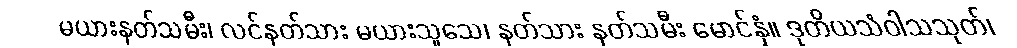
မယားနတ်သမီး၊ လင်နတ်သား မယားသူသေ၊ နတ်သား နတ်သမီး မောင်နှံ။ ဒုတိယသံဝါသသုတ်၊